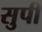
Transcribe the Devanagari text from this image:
सुपी